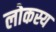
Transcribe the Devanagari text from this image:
लोकस्य